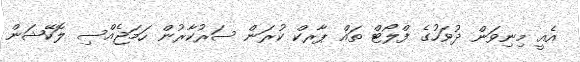
އެއީ މިނިވަން ދުވަހުގެ ފްލޯޓް ތައް ޕާރކް ކުރަން ސަރުކާރުން ހަމަޖެއްސި ލޮކޭޝަން